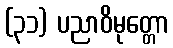
(၃၁) ပညာဝိမုတ္တော